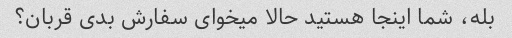
بله، شما اینجا هستید حالا میخوای سفارش بدی قربان؟